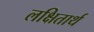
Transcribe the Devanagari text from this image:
लक्षितार्थ